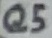
Text: Q5